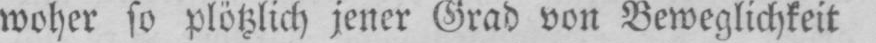
woher so plötzlich jener Grad von Beweglichkeit